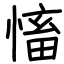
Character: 慉